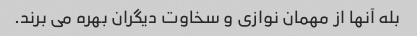
بله آنها از مهمان نوازی و سخاوت دیگران بهره می برند.